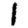
Digit: 1